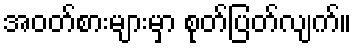
အဝတ်စားများမှာ စုတ်ပြတ်လျက်။